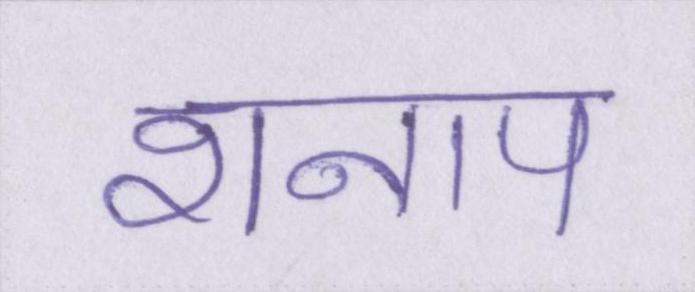
शनाप